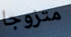
متزوجا